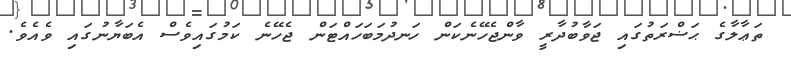
ތަޢާލާގެ ޙަޟްރަތުގައި ޖަވާބުދާރީ ވާންޖެހޭނެކަން ހަނދުމަބަހައްޓަން ޖެހޭނެ ކަމުގައިވެސް އެބަޔާނުގައި ވެއެވެ.